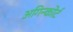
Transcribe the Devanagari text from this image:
अगिन्कोर्ट